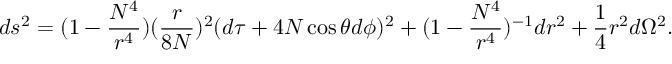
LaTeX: d s ^ { 2 } = ( 1 - \frac { N ^ { 4 } } { r ^ { 4 } } ) ( \frac { r } { 8 N } ) ^ { 2 } ( d \tau + 4 N \cos \theta d \phi ) ^ { 2 } + ( 1 - \frac { N ^ { 4 } } { r ^ { 4 } } ) ^ { - 1 } d r ^ { 2 } + \frac { 1 } { 4 } r ^ { 2 } d \Omega ^ { 2 } .